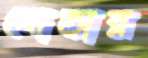
সোডার